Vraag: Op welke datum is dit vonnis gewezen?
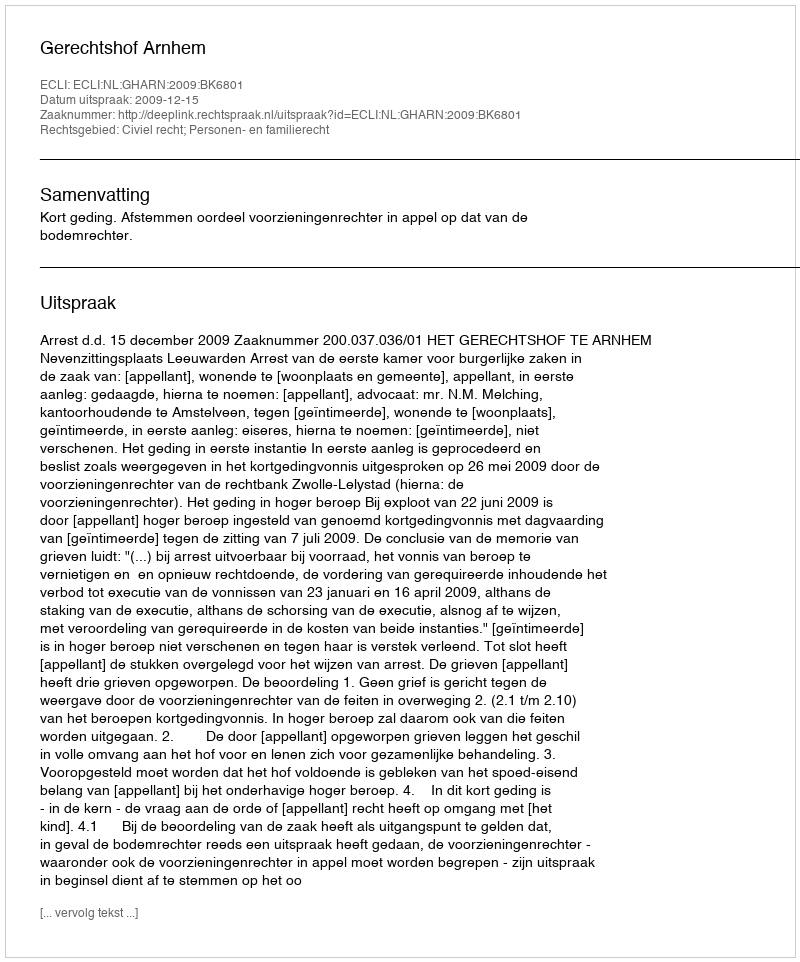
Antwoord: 2009-12-15